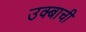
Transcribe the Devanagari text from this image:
उक्बाची